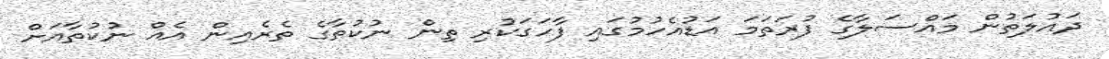
ދައުލަތުން މައްސަލާގެ ފުރަތަމަ އަޑުއެހުމުގައި ފާހަގަކުރި ތިން ނުކުތާގެ ތެރެއިން އެއް ނުކުތާއަށް